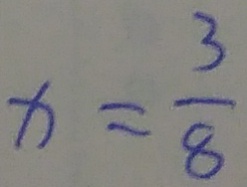
x = \frac { 3 } { 8 }